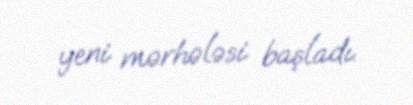
yeni mərhələsi başladı.